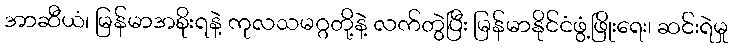
အာဆီယံ၊ မြန်မာအစိုးရနဲ့ ကုလသမဂ္ဂတို့နဲ့ လက်တွဲပြီး မြန်မာနိုင်ငံဖွံ့ဖြိုးရေး၊ ဆင်းရဲမှု